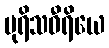
ပုရိသဝီရိယေ